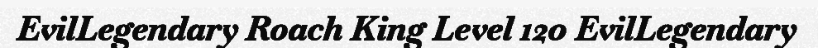
EvilLegendary Roach King Level 120 EvilLegendary